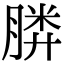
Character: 𣎌